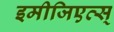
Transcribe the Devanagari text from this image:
इमीजिएत्स्